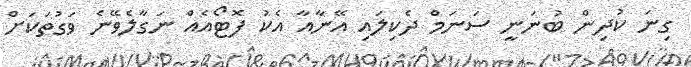
ގިނަ ކުދިން ބުނަނީ ސަނަމް ދެކިލައި އޭނާއާ އެކު ފޮޓޯއެއް ނަގާލެވޭނެ ވަގުތަކަށް